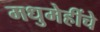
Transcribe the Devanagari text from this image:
मधुमेहींचे